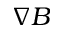
\nabla B